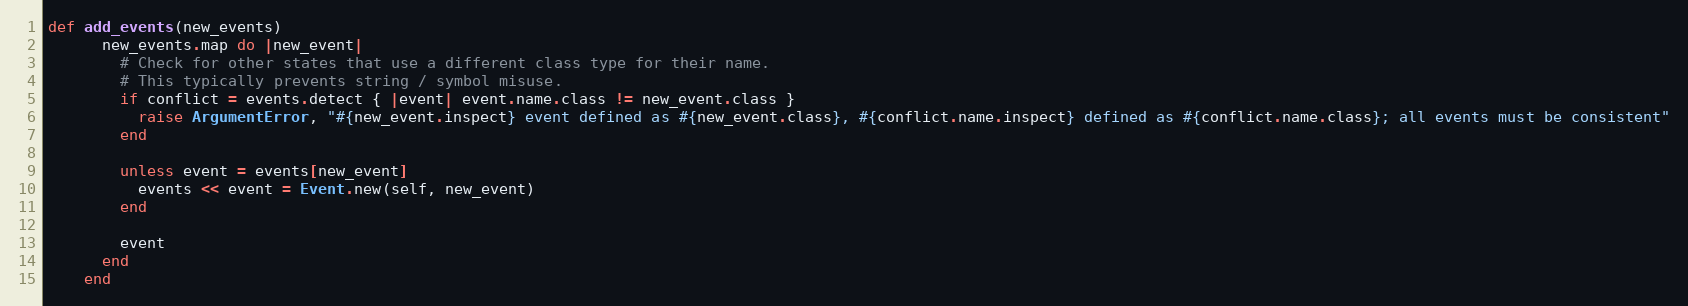
Language: Ruby
def add_events(new_events)
      new_events.map do |new_event|
        # Check for other states that use a different class type for their name.
        # This typically prevents string / symbol misuse.
        if conflict = events.detect { |event| event.name.class != new_event.class }
          raise ArgumentError, "#{new_event.inspect} event defined as #{new_event.class}, #{conflict.name.inspect} defined as #{conflict.name.class}; all events must be consistent"
        end

        unless event = events[new_event]
          events << event = Event.new(self, new_event)
        end

        event
      end
    end